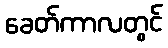
ခေတ်ကာလတွင်